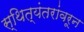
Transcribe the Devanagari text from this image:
स्थित्यंतरांवरून